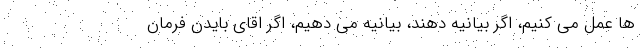
ها عمل می کنیم، اگر بیانیه دهند، بیانیه می دهیم، اگر اقای بایدن فرمان